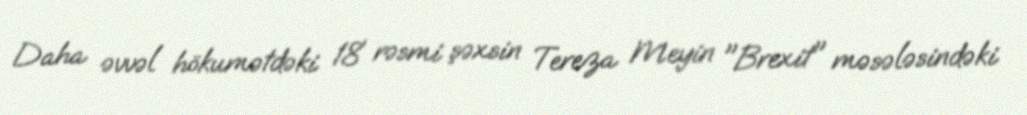
Daha əvvəl hökumətdəki 18 rəsmi şəxsin Tereza Meyin "Brexit" məsələsindəki